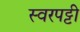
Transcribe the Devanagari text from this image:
स्वरपट्टी